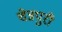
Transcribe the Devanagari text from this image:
चेन्नपुरी